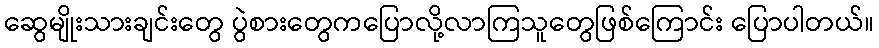
ဆွေမျိုးသားချင်းတွေ ပွဲစားတွေကပြောလို့လာကြသူတွေဖြစ်ကြောင်း ပြောပါတယ်။